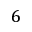
6